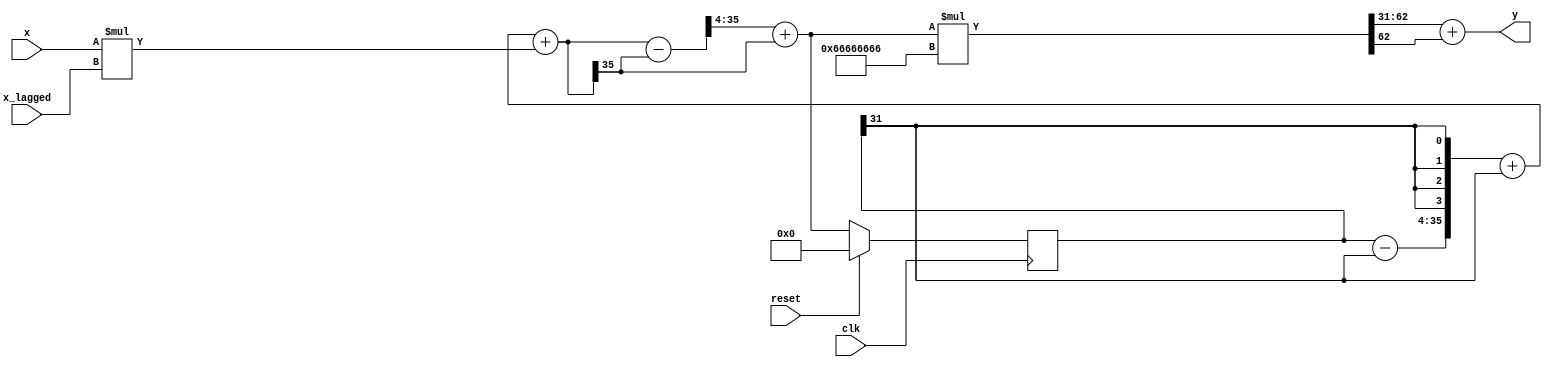
module autocorrelation_mad (
        input   wire clk, reset,
        input   wire signed [15:0] x,
        input   wire signed [15:0] x_lagged,
        output  wire signed [31:0] y
    );

    wire signed [31:0] accumulate;
    reg signed [31:0] s_accumulate;
    wire signed [31:0] product;

	always @ (posedge clk) begin
        if (reset)
            s_accumulate <= 0;
        else
            s_accumulate <= accumulate;
	end

    // wire signed [31:0] temp_product;
    // wire signed [31:0] shifted, ones;
    // assign temp_product = x * x_lagged;
    // assign ones = temp_product - temp_product[31];
    // assign shifted = ones >>> 4;  // (1,32,26)
    // assign product = shifted + shifted[31];
    // assign accumulate = product + s_accumulate; // (1,32,26)

    wire signed [31:0] accum_o, nacc_s;
    wire signed [35:0] accum_s, accum_t, accum_36, nacc_o;
    assign product = x * x_lagged;
    assign accum_o = s_accumulate - s_accumulate[31];
    assign accum_s = {accum_o, {4{s_accumulate[31]}}};
    assign accum_t = accum_s + s_accumulate[31];
    assign accum_36 = accum_t + product;
    assign nacc_o = accum_36 - accum_36[35];
    wire signed [35:0] nacc_s1 = nacc_o >>> 4; 
    assign nacc_s = nacc_s1[31:0];
    assign accumulate = nacc_s + accum_36[35];



    wire signed [63:0] normalize;
    assign normalize = accumulate * 1717986918;
    assign y = normalize[62:31] + normalize[62];

endmodule